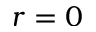
r = 0